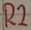
Text: R2